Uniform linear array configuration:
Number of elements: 16
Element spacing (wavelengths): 0.75
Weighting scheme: binomial
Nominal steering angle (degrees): -45
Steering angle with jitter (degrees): -43.08
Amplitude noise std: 0.05
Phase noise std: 0.05

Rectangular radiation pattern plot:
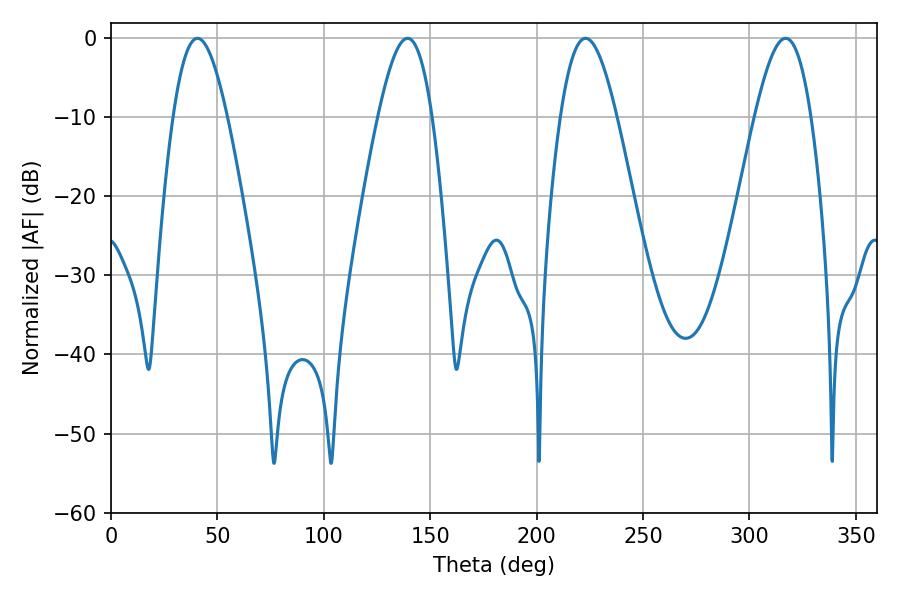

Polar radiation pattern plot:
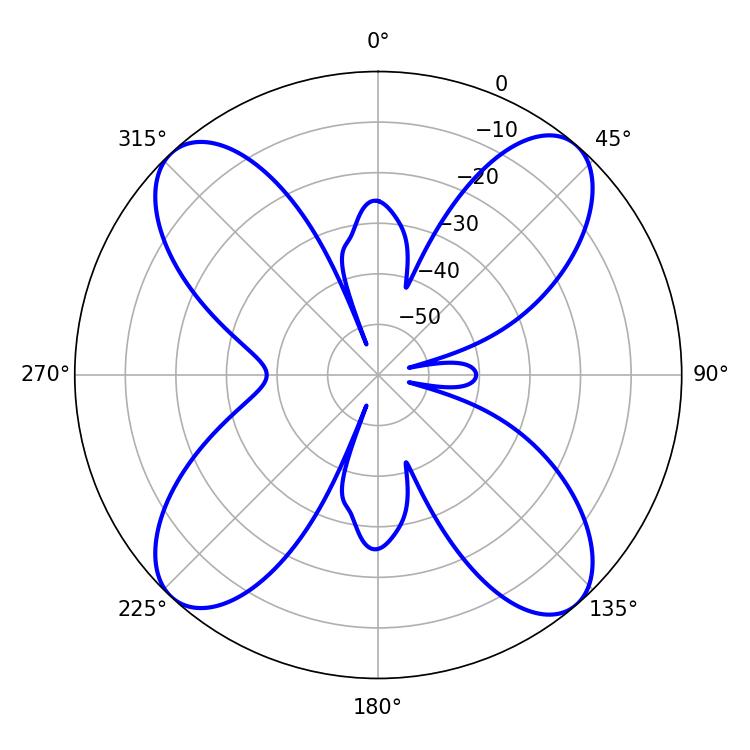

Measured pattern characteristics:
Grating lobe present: TRUE
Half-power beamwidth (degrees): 14.22
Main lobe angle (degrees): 223.02